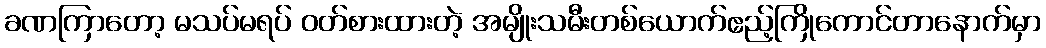
ခဏကြာတော့ မသပ်မရပ် ဝတ်စားထားတဲ့ အမျိုးသမီးတစ်ယောက်ဧည့်ကြိုကောင်တာနောက်မှာ